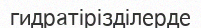
гидратірізділерде